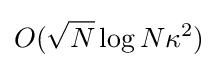
O({\sqrt {N}}\log N\kappa ^{2})